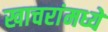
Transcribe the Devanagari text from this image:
खाचरांमध्ये